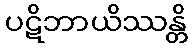
ပဋိဘာယိဿန္တိ